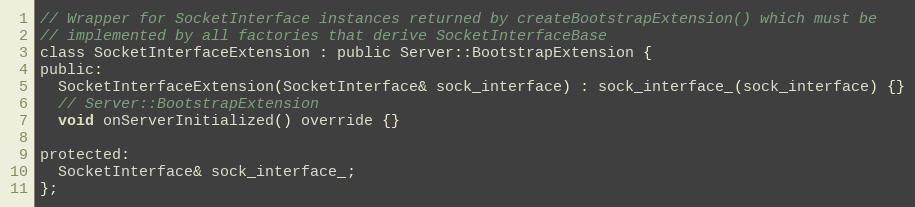
Language: C
// Wrapper for SocketInterface instances returned by createBootstrapExtension() which must be
// implemented by all factories that derive SocketInterfaceBase
class SocketInterfaceExtension : public Server::BootstrapExtension {
public:
  SocketInterfaceExtension(SocketInterface& sock_interface) : sock_interface_(sock_interface) {}
  // Server::BootstrapExtension
  void onServerInitialized() override {}

protected:
  SocketInterface& sock_interface_;
};